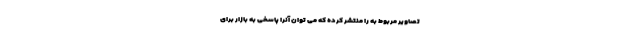
تصاویر مربوط به را منتشر کرده که می توان آنرا پاسخی به بازار برای